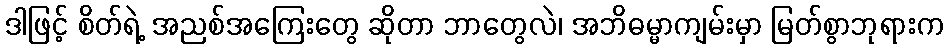
ဒါဖြင့် စိတ်ရဲ့ အညစ်အကြေးတွေ ဆိုတာ ဘာတွေလဲ၊ အဘိဓမ္မာကျမ်းမှာ မြတ်စွာဘုရားက